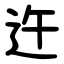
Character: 迕